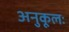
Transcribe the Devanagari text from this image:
अनुकूलः